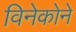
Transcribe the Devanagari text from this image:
विनेकोने